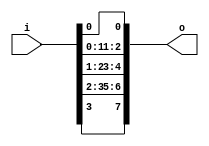
module bsg_expand_bitmask_in_width_p4_expand_p2
(
  i,
  o
);

  input [3:0] i;
  output [7:0] o;
  wire [7:0] o;
  wire o_7_,o_5_,o_3_,o_1_;
  assign o_7_ = i[3];
  assign o[6] = o_7_;
  assign o[7] = o_7_;
  assign o_5_ = i[2];
  assign o[4] = o_5_;
  assign o[5] = o_5_;
  assign o_3_ = i[1];
  assign o[2] = o_3_;
  assign o[3] = o_3_;
  assign o_1_ = i[0];
  assign o[0] = o_1_;
  assign o[1] = o_1_;

endmodule